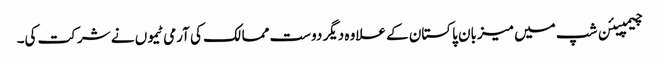
چیمپیئن شپ میں میزبان پاکستان کے علاوہ دیگر دوست ممالک کی آرمی ٹیموں نے شرکت کی۔